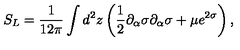
S _ { L } = \frac { 1 } { 1 2 \pi } \int d ^ { 2 } z \left( \frac { 1 } { 2 } \partial _ { \alpha } \sigma \partial _ { \alpha } \sigma + \mu e ^ { 2 \sigma } \right) ,